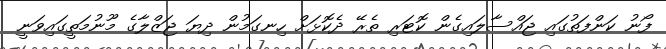
ފޯނު ކަންފަތުގައި ޖައްސާލައިގެން ކޮޓަރި ތެރޭ ދެކޮޅަށް ހިނގަމުން ދިޔަ ޖަޒްލާގެ މޫނުމަތީގައިވަނީ